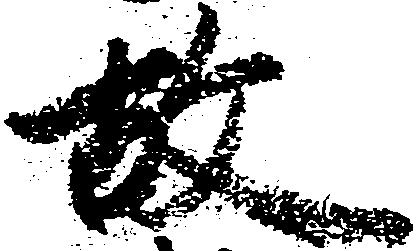
故